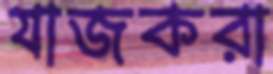
যাজকরা